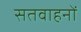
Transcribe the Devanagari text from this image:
सतवाहनों